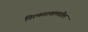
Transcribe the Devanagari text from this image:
गिरणगावामधील